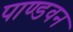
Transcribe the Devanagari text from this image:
पाण्डवन